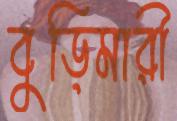
বুড়িমারী